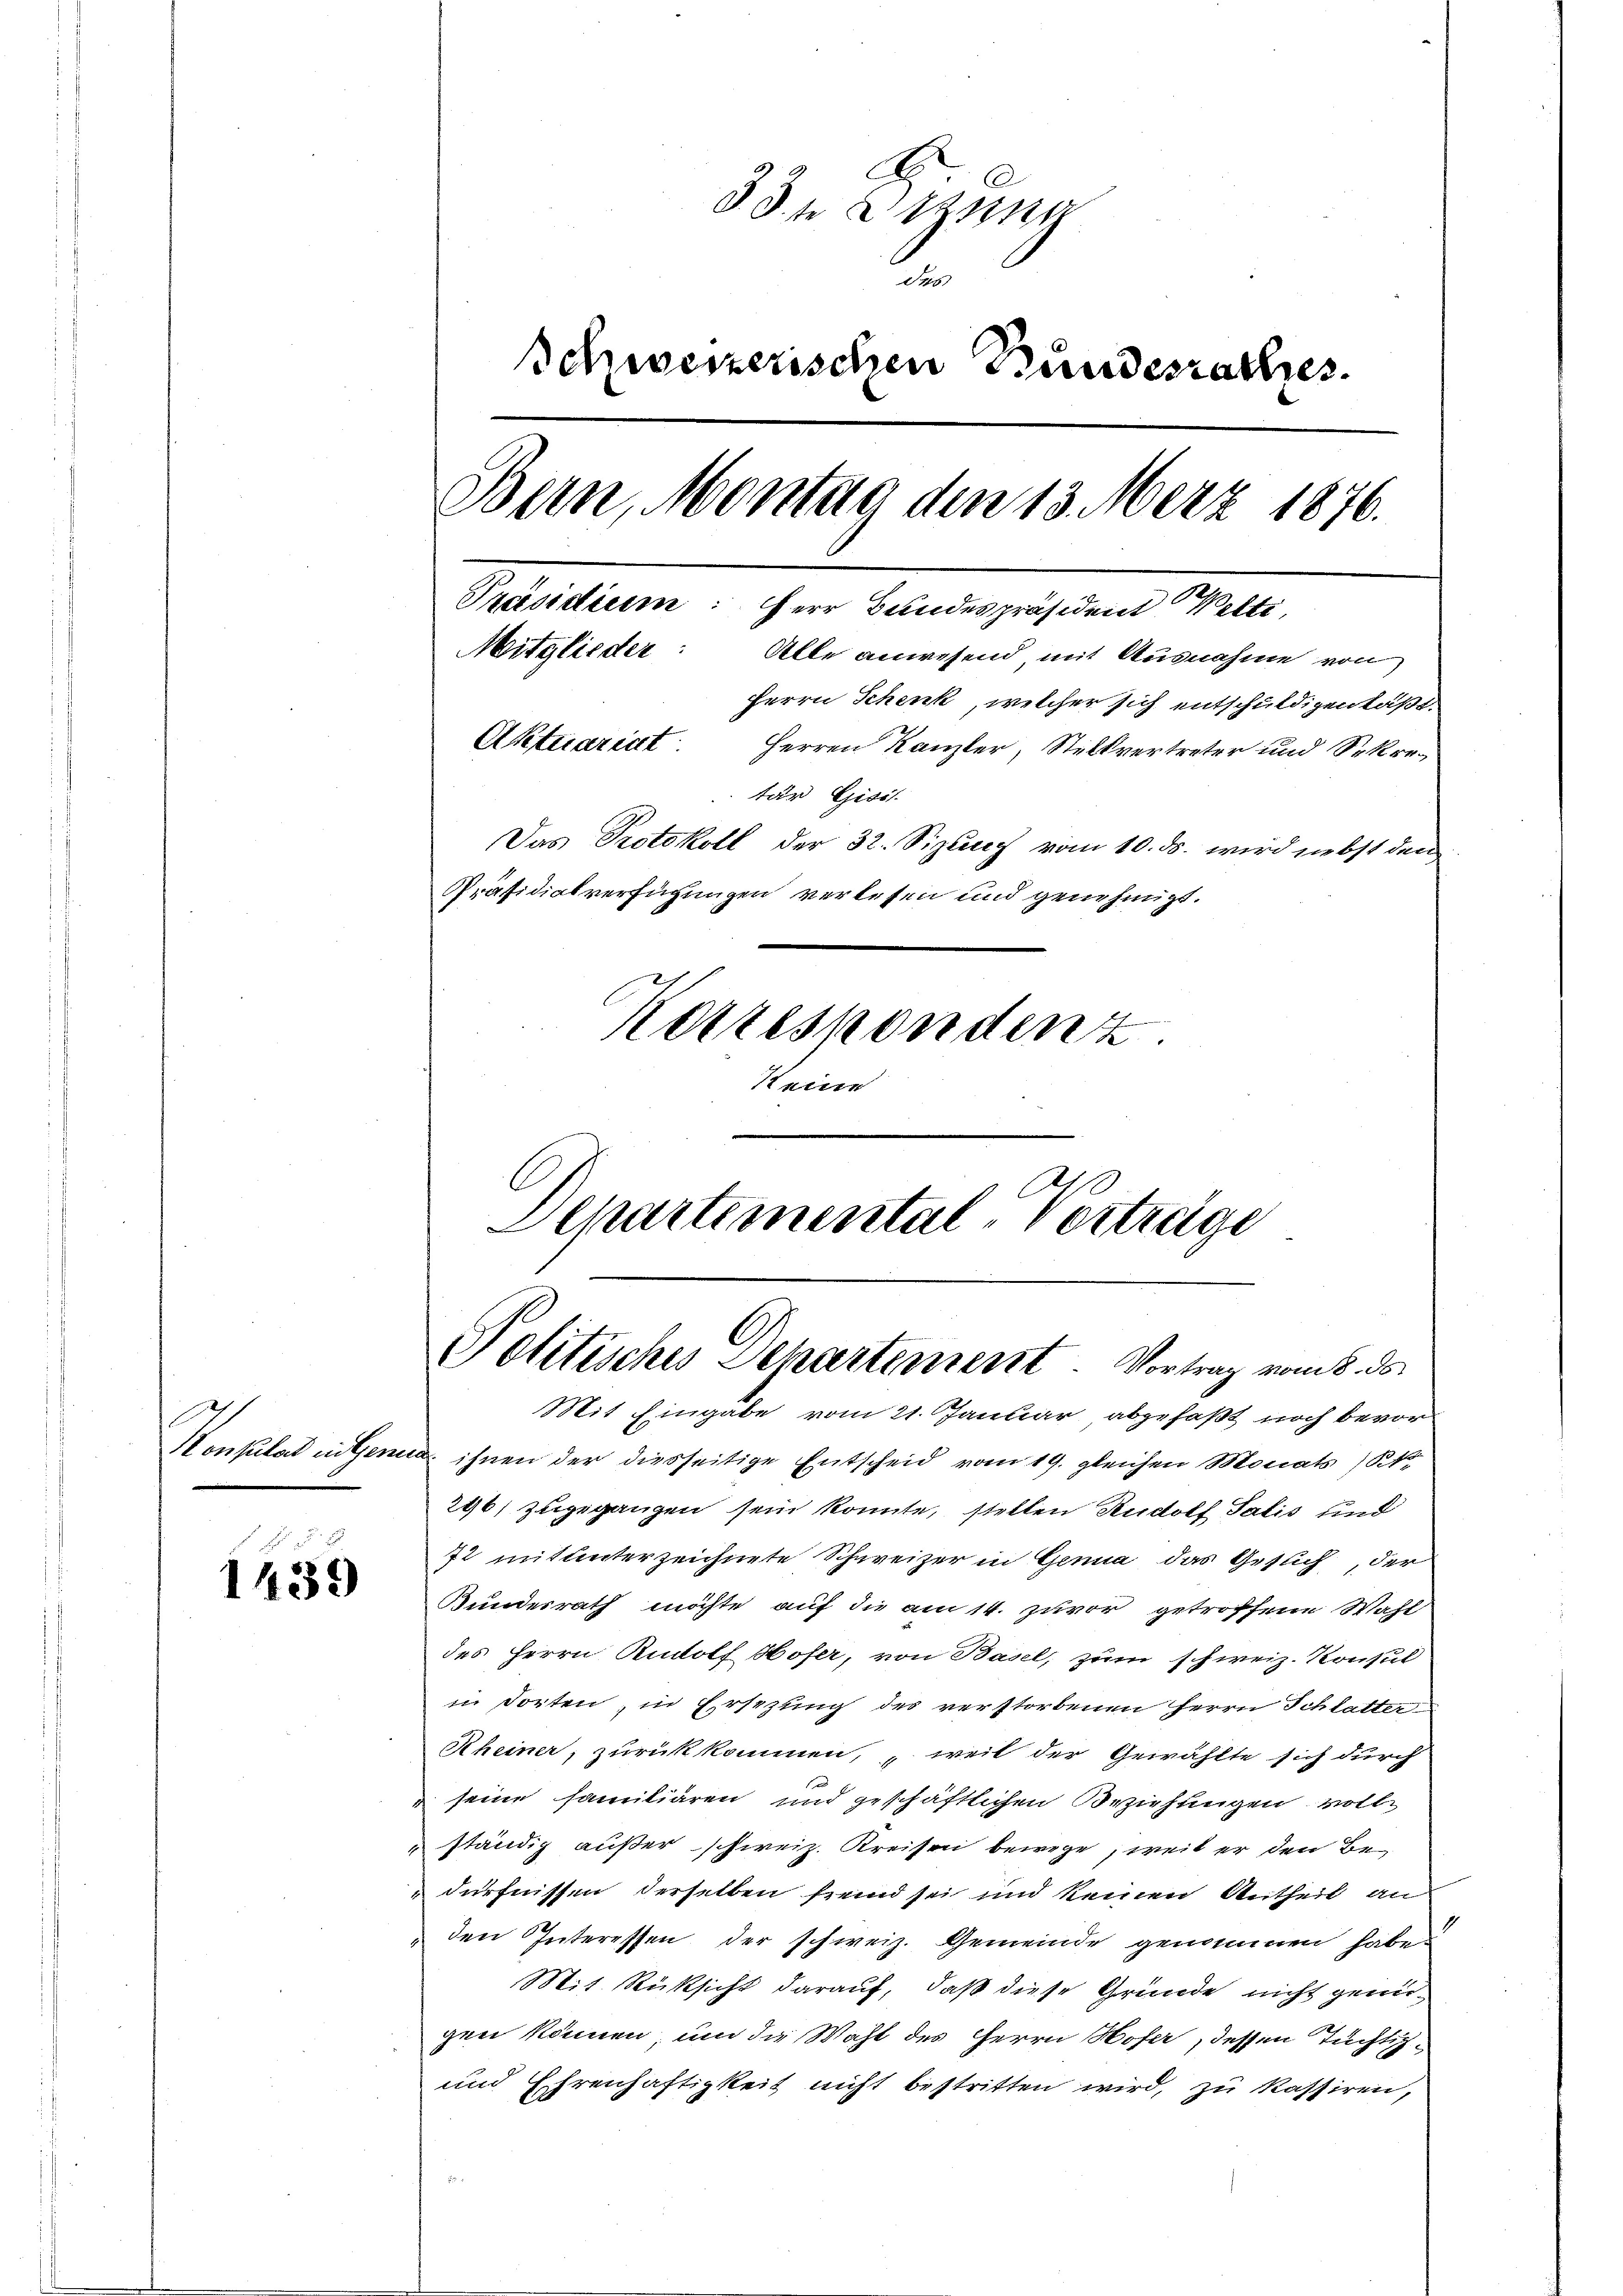
1439)

33 Etzung
des
Schweizerischen Bundesrathes.
Bern, Montag den 13. Merz 1876.
Präsidium: Herr Bundespräsident Welti,
Mitglieder:
Alle anwesend mit Ausnahme von
Herrn Schenk, welcher sich entschuldigen läßt
Aktuariat. Herren Kanzler, Stellvertreter und Sekretär Gisis
Das Protokoll der 32. Sizung vom 10. ds. wird nebst den
Präsidialverfügungen verlesen und genehmigt.
Korrespondenz
Steien

Politisches Separtement. Vortrag vom 8. ds.
Mit Eingabe vom 21. Januar abgefaßt noch bevor

Henkulat in Genua ihnen der diesseitige Entscheid vom 19. gleichen Monats (Kk.
296) zugegangen sein konnte, stellen Rudolf Salis und
72 mit unterzeichnete Schweizer in Genua, das Gesuch, der
Bundesrath möchte auf die am 14. zuvor getroffene Wahl
des Herrn Rudolf Hofer, von Basel, zum schweiz. Konsul
in dorten, in Ersezung des verstorbenen Herrn Schlatter
Rheiner, zurückkommen, „weil der Gewählte sich durch
 seine familiären und geschäftlichen Beziehungen volle
ständig außer schweiz. Kreisen bewege, weil er den Bedürfnissen derselben feind sei und keinen Antheil an
den Interessen der schweiz. Gemeinde genommen habe.
Mit Rüksicht darauf, daß diese Gründe nicht genügen können, um die Wahl des Herrn Hofer, dessen Tüchtig¬
und Ehrenhaftigkeit nicht bestritten wird, zu kassiren,

Departemental-Vorträge